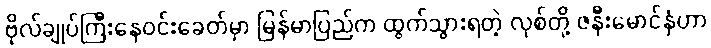
ဗိုလ်ချုပ်ကြီးနေဝင်းခေတ်မှာ မြန်မာပြည်က ထွက်သွားရတဲ့ လုစ်တို့ ဇနီးမောင်နှံဟာ